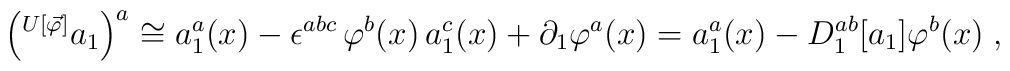
\left( ^{U[\vec \varphi]} a_1\right)^a \cong   a_1^a(x) - \epsilon^{abc} \, \varphi^b(x) \, a_1^c(x)  + \partial_1 \varphi^a(x)   = a_1^a(x) - D_1^{ab}[a_1] \varphi^b(x) \; ,